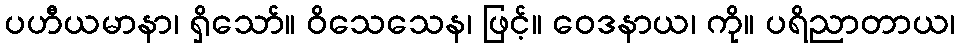
ပဟီယမာနာ၊ ရှိသော်။ ဝိသေသေန၊ ဖြင့်။ ဝေဒနာယ၊ ကို။ ပရိညာတာယ၊